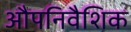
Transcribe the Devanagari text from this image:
औपनिवैशिक